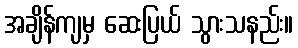
အချိန်ကျမှ ဆေးပြယ် သွားသနည်း။